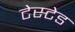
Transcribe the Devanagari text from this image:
टेस्टेड